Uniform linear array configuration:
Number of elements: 32
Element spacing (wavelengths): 1
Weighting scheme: exponential
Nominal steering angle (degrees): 60
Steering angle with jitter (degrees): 59.939
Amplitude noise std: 0.05
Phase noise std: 0.05

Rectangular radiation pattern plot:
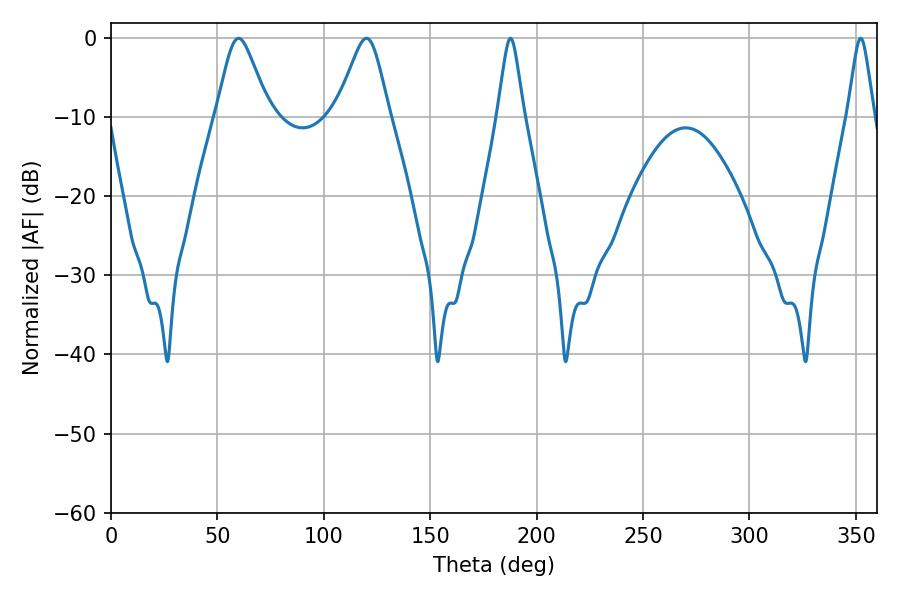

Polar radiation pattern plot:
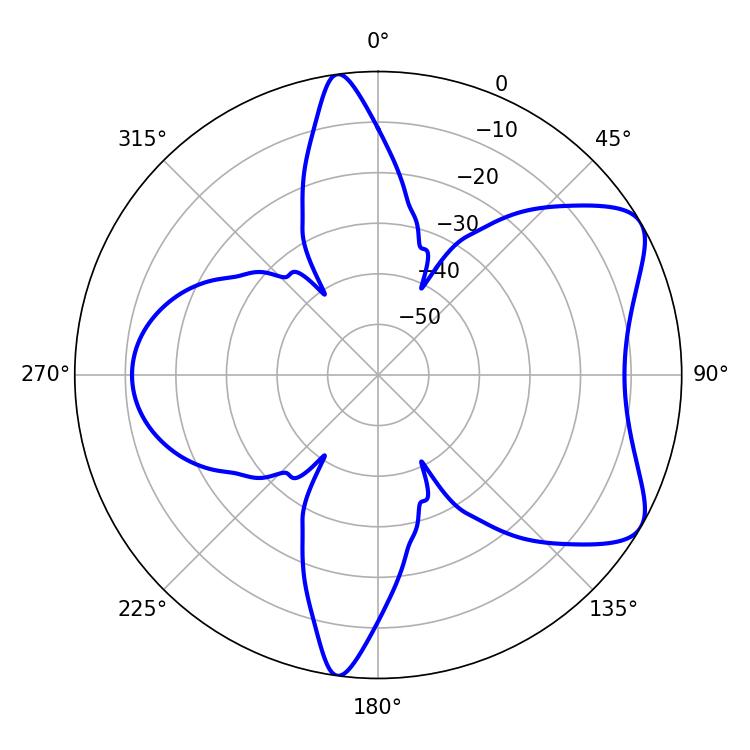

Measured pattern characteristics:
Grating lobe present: TRUE
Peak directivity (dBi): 6.992
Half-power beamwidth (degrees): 11.88
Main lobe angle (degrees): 59.94